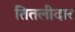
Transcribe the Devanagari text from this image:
तितलीदार